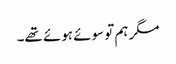
مگر ہم تو سوئے ہوئے تھے۔